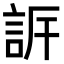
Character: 𧦡